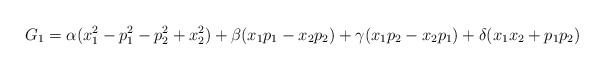
\begin{align*}G_1=\alpha (x_1^2-p_1^2-p_2^2+x_2^2)+\beta (x_1p_1-x_2p_2)+\gamma (x_1p_2-x_2p_1)+\delta (x_1x_2+p_1p_2)\end{align*}